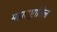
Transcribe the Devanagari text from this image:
महाराष्ट्रातिल